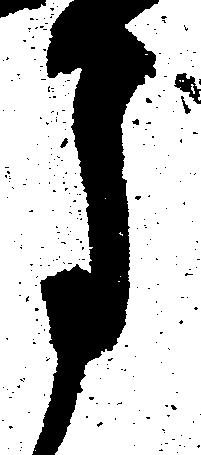
月